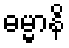
ဓမ္မာနိ